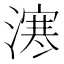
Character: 𣽬